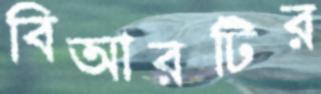
বিআরটির